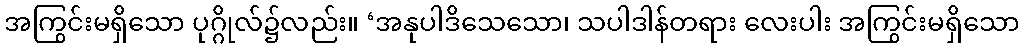
အကြွင်းမရှိသော ပုဂ္ဂိုလ်၌လည်း။ ‘အနုပါဒိသေသော၊ သပါဒါန်တရား လေးပါး အကြွင်းမရှိသော